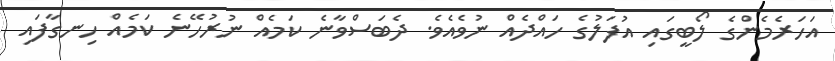
އަހަރެމެންގެ ލޯބީގައި އުފަލުގެ ހައްދެއް ނުވެއެވެ. ދެބަސްވާނެ ކަމެއް ނުރުހޭނެ ކަމެއް ހިނގާފައި